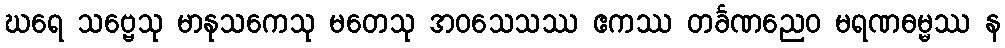
ဃရေ သဗ္ဗေသု မာနုသကေသု မတေသု အဝသေသဿ ဧကဿ တင်္ခဏညေဝ မရဏဓမ္မဿ န